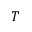
T